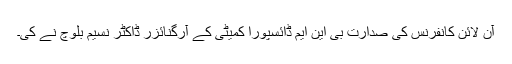
آن لائن کانفرنس کی صدارت بی این ایم ڈائسپورا کمیٹی کے آرگنائزر ڈاکٹر نسیم بلوچ نے کی۔